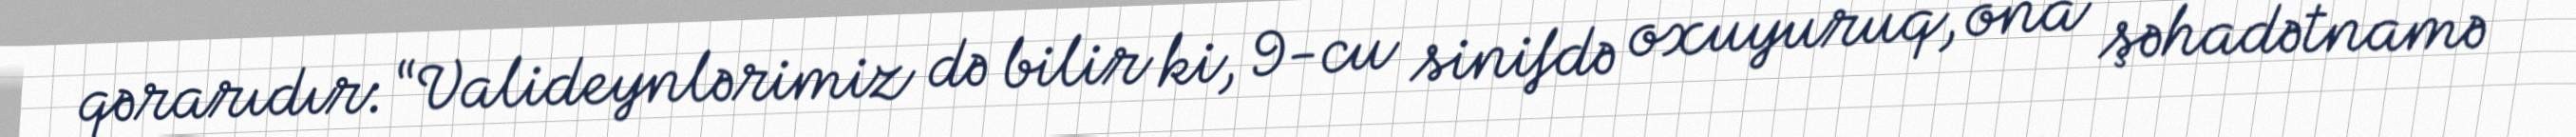
qərarıdır: “Valideynlərimiz də bilir ki, 9-cu sinifdə oxuyuruq, ona şəhadətnamə